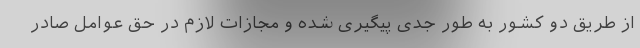
از طریق دو کشور به طور جدی پیگیری شده و مجازات لازم در حق عوامل صادر